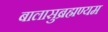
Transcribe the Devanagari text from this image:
बालासुब्रह्मण्यम